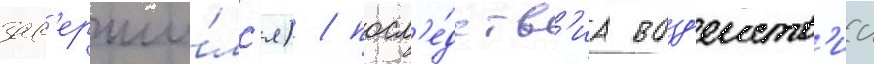
зав'ерши́лс'я) / посл'е́дств'иа возд'еиств'иа